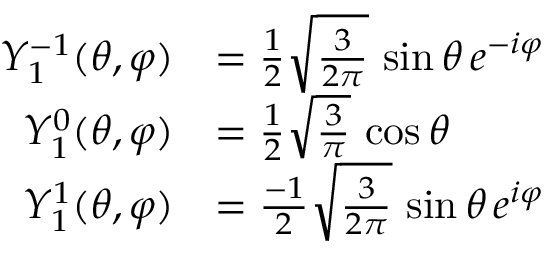
{ \begin{array} { r l } { Y _ { 1 } ^ { - 1 } ( \theta , \varphi ) } & { = { \frac { 1 } { 2 } } { \sqrt { \frac { 3 } { 2 \pi } } } \, \sin \theta \, e ^ { - i \varphi } } \\ { Y _ { 1 } ^ { 0 } ( \theta , \varphi ) } & { = { \frac { 1 } { 2 } } { \sqrt { \frac { 3 } { \pi } } } \, \cos \theta } \\ { Y _ { 1 } ^ { 1 } ( \theta , \varphi ) } & { = { \frac { - 1 } { 2 } } { \sqrt { \frac { 3 } { 2 \pi } } } \, \sin \theta \, e ^ { i \varphi } } \end{array} }